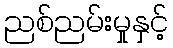
ညစ်ညမ်းမှုနှင့်